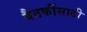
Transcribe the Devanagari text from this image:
बैठकींसाठी